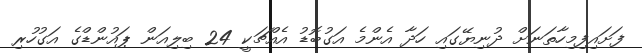
ފަށައިފިމިހާތަނަށް ދުނިޔޭގައި ހަދާ އެންމެ އަގުބޮޑު އެއްޗަކީ 24 ބިލިއަން ޕައުންޑްގެ އަގުހުރި